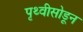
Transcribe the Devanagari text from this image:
पृथ्वीसोडून